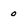
Character: 0